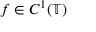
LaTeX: f \in C ^ { 1 } ( \mathbb { T } )